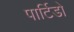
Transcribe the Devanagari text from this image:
पार्टिडो